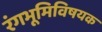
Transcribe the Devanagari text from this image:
रंगभूमिविषयक